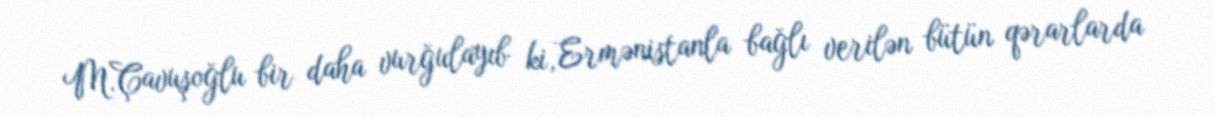
M.Çavuşoğlu bir daha vurğulayıb ki, Ermənistanla bağlı verilən bütün qərarlarda